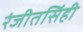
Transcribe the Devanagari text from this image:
रंजीतसिंही